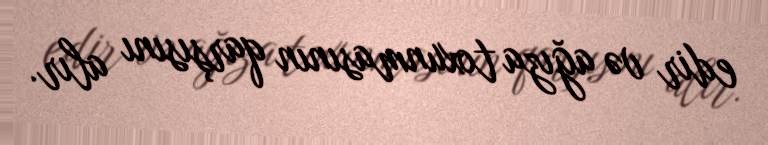
edir və ağıza toxunmasının qarşısını alır.